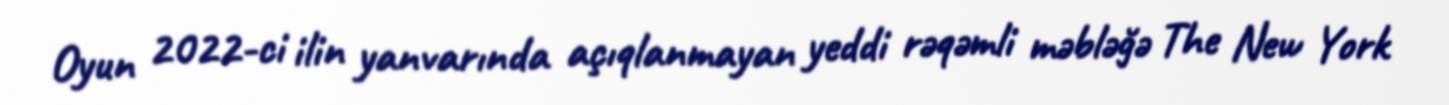
Oyun 2022-ci ilin yanvarında açıqlanmayan yeddi rəqəmli məbləğə The New York